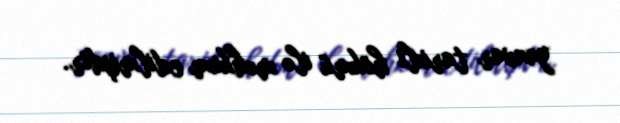
yanvar tarixli hökmü ilə məhkum edilmişdir.